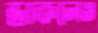
ডাকলেও